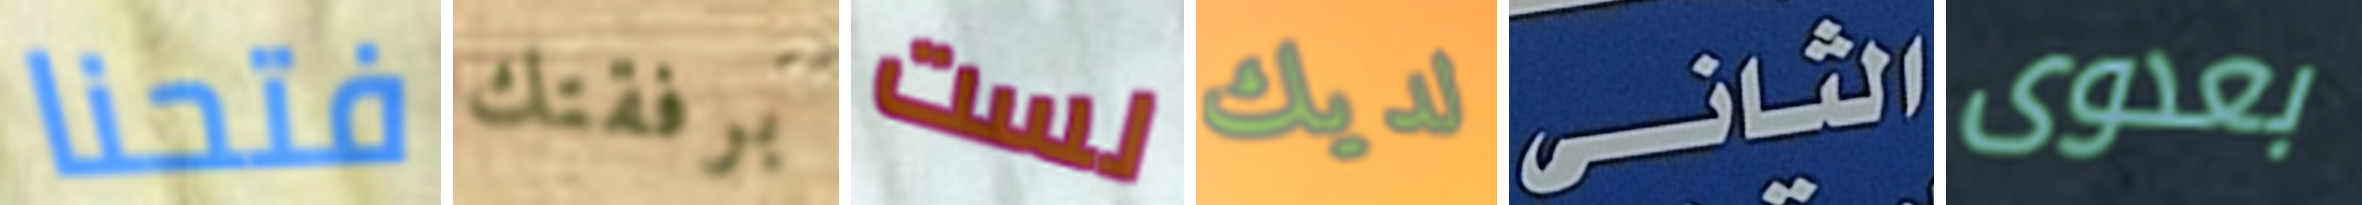
فتحنا برفقتك لست لديك الثانى بعدوى